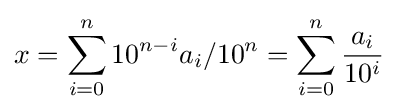
x=\sum _{i=0}^{n}10^{n-i}a_{i}/10^{n}=\sum _{i=0}^{n}{\frac {a_{i}}{10^{i}}}